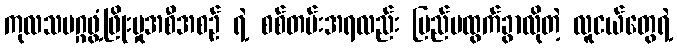
ကုလသမဂ္ဂဖွံ့ဖြိုးမှုအစီအစဉ် ရဲ့ စစ်တမ်းအရလည်း ပြည်ပထွက်ခွာလိုတဲ့ လူငယ်တွေရဲ့